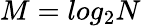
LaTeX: M=log_{2}N